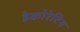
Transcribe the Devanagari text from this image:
डेकोरेटिव